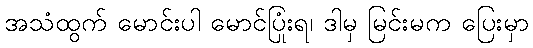
အသံထွက် မောင်းပါ မောင်ပြုံးရ၊ ဒါမှ မြင်းမက ပြေးမှာ